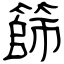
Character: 篩